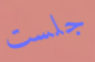
جلست